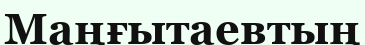
Маңғытаевтың